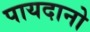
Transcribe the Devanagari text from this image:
पायदानो